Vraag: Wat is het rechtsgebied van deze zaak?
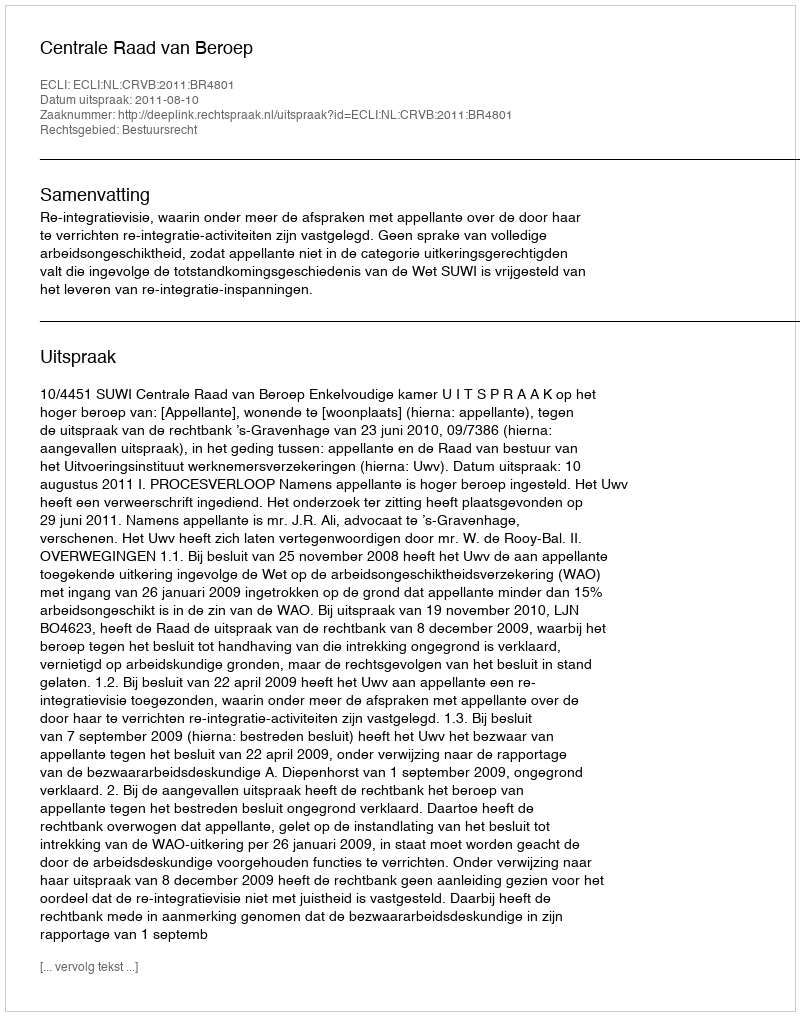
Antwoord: Bestuursrecht